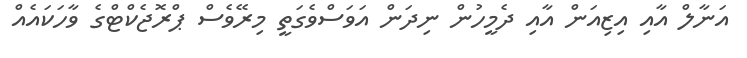
އަނާލް އާއި އިޒިއަން އާއި ދެމީހުން ނިދަން އަވަސްވެގަތީ މިރޭވެސް ޕްރޮޖެކްޓްގެ ވާހަކައެއް